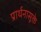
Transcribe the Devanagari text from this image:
प्रार्थनासूक्ते